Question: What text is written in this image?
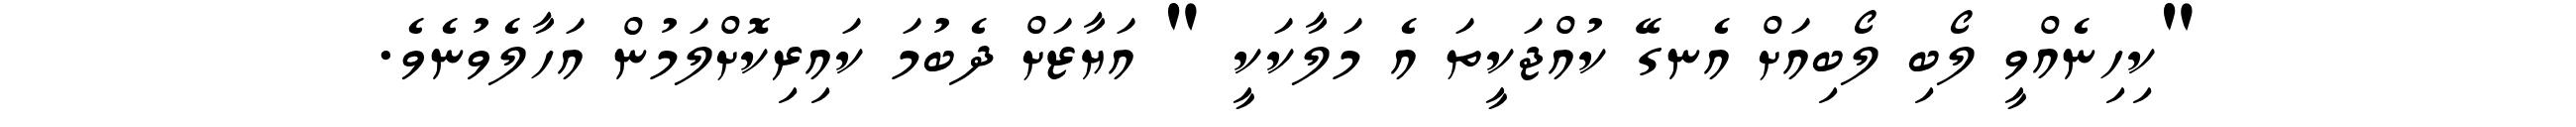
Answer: "ކިހިނެއްވީ ލޯބި ލޯބިއަށް އެނގޭ ކުއްޖަކީތަ އެ މަލާކަކީ " އަޔާޒަށް ދެބުމަ ކައިރިކޮށްލަމުން އަހާލެވުނެވެ.